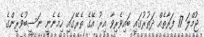
ޖުމްލަ 17 ފަރާތެއް ދަތުރުގައި ބައިވެރިވާ އިރު އޭގެ ތެރޭގައި ހިމެނެނީ ނަސީބުވެރިންގެ